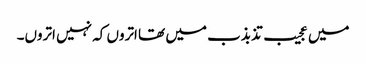
میں عجیب تذبذب میں تھا اتروں کہ نہیں اتروں۔